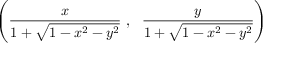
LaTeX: \left( { \frac { x } { 1 + { \sqrt { 1 - x ^ { 2 } - y ^ { 2 } } } } } \ , \ \ { \frac { y } { 1 + { \sqrt { 1 - x ^ { 2 } - y ^ { 2 } } } } } \right)